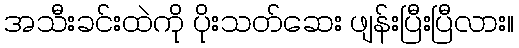
အသီးခင်းထဲကို ပိုးသတ်ဆေး ဖျန်းပြီးပြီလား။